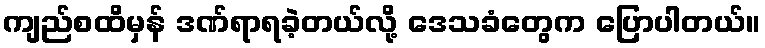
ကျည်စထိမှန် ဒဏ်ရာရခဲ့တယ်လို့ ဒေသခံတွေက ပြောပါတယ်။